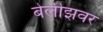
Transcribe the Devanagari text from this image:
बेलीझवर